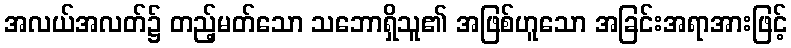
အလယ်အလတ်၌ တည့်မတ်သော သဘောရှိသူ၏ အဖြစ်ဟူသော အခြင်းအရာအားဖြင့်